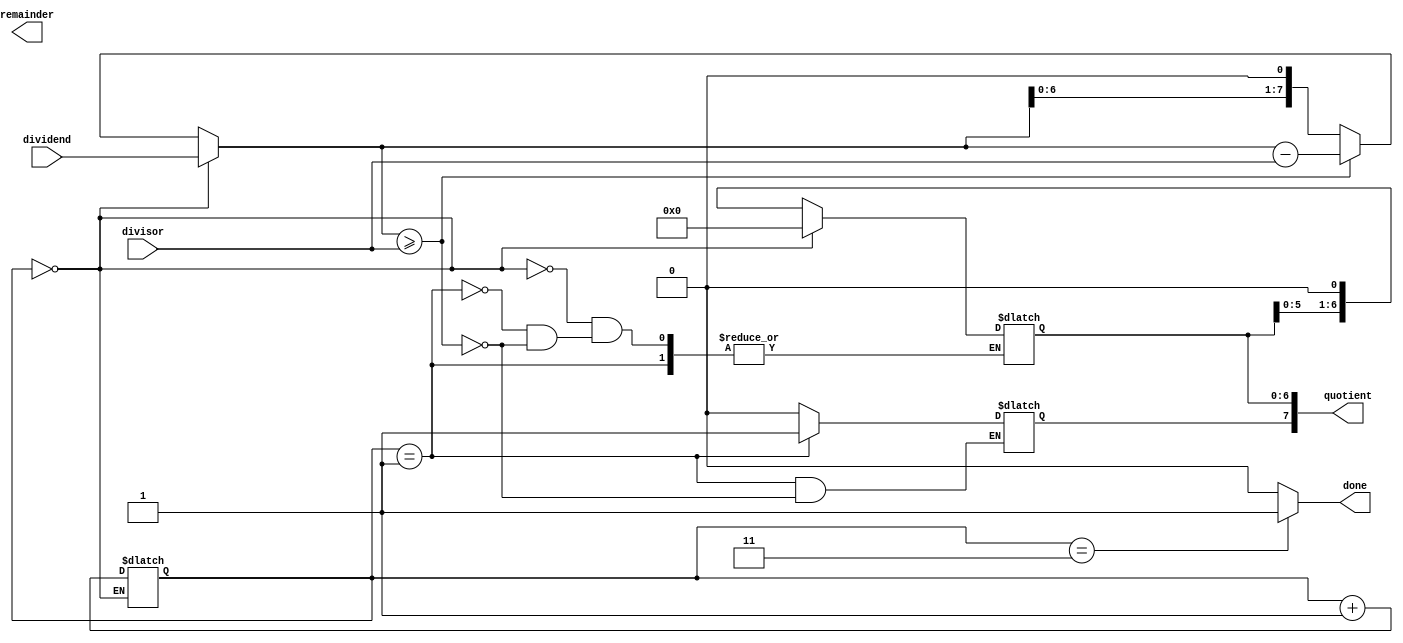
module ShiftAndSubtractDivider (
    input wire [7:0] dividend,
    input wire [7:0] divisor,
    output reg [7:0] quotient,
    output reg [7:0] remainder,
    output reg done
);

reg [7:0] partial_remainder;
reg [2:0] stage;

always @(*) begin
    case(stage)
        0: begin
            partial_remainder <= dividend;
            quotient <= 8'b0;
        end
        1: begin
            partial_remainder <= partial_remainder << 1;
            if(partial_remainder >= divisor) begin
                partial_remainder <= partial_remainder - divisor;
                quotient[7] <= 1;
            end
            stage <= stage + 1;
        end
        default: begin
            partial_remainder <= partial_remainder << 1;
            if(partial_remainder >= divisor) begin
                partial_remainder <= partial_remainder - divisor;
                quotient[6:0] <= quotient[6:0] << 1;
                quotient[7] <= 1;
            end
            quotient[7] <= 0;
            stage <= stage + 1;
        end
    endcase
    
    if(stage == 3)
        done <= 1;
    else
        done <= 0;
end

endmodule